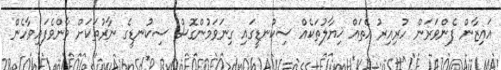
އައިޒާން ފެންވަރަން ހުރިއިރު އެތައް ޚިޔާލުތަކެއް ސިކުނޑީގައި ގިނަވަމުންގޮސް ސިކުނޑީގެ ނާރުތަކަށް ވާންވެފައިވާހެން